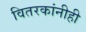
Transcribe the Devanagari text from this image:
वितरकांनीही